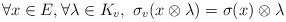
\begin{align*}\forall x \in E, \forall \lambda \in K_v, \ \sigma_v(x \otimes \lambda) = \sigma(x) \otimes \lambda \end{align*}